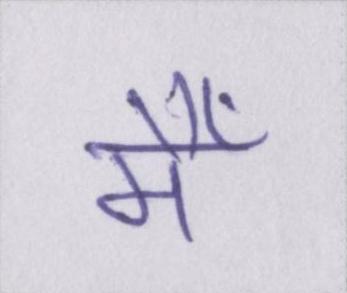
मैँ